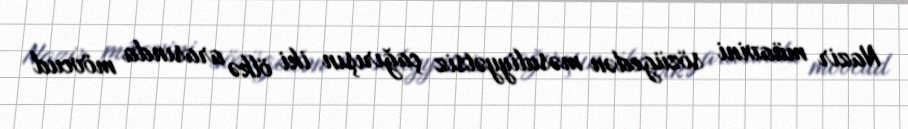
Nazir müavini sözügedən məsuliyyətsiz çağırışın iki ölkə arasında mövcud